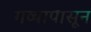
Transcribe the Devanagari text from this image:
गव्यापासून